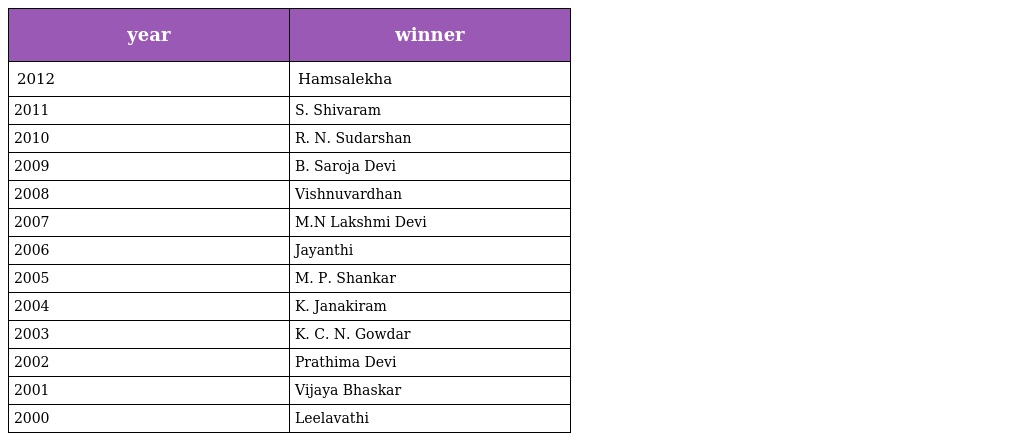
| year | winner |
 | --- | --- |
 | 2012 | Hamsalekha |
 | 2011 | S. Shivaram |
 | 2010 | R. N. Sudarshan |
 | 2009 | B. Saroja Devi |
 | 2008 | Vishnuvardhan |
 | 2007 | M.N Lakshmi Devi |
 | 2006 | Jayanthi |
 | 2005 | M. P. Shankar |
 | 2004 | K. Janakiram |
 | 2003 | K. C. N. Gowdar |
 | 2002 | Prathima Devi |
 | 2001 | Vijaya Bhaskar |
 | 2000 | Leelavathi |